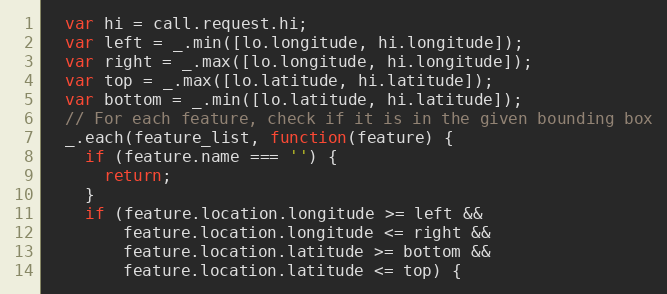
Language: JavaScript
  var hi = call.request.hi;
  var left = _.min([lo.longitude, hi.longitude]);
  var right = _.max([lo.longitude, hi.longitude]);
  var top = _.max([lo.latitude, hi.latitude]);
  var bottom = _.min([lo.latitude, hi.latitude]);
  // For each feature, check if it is in the given bounding box
  _.each(feature_list, function(feature) {
    if (feature.name === '') {
      return;
    }
    if (feature.location.longitude >= left &&
        feature.location.longitude <= right &&
        feature.location.latitude >= bottom &&
        feature.location.latitude <= top) {